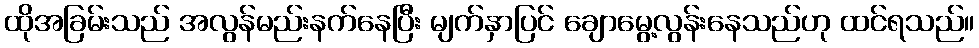
ထိုအခြမ်းသည် အလွန်မည်းနက်နေပြီး မျက်နှာပြင် ချောမွေ့လွန်းနေသည်ဟု ထင်ရသည်။